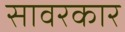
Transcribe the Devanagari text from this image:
सावरकार